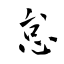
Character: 怠